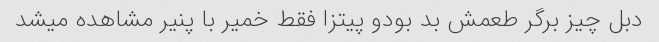
دبل چیز برگر طعمش بد بودو پیتزا فقط خمیر با پنیر مشاهده میشد